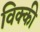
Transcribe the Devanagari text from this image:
विक्‍की